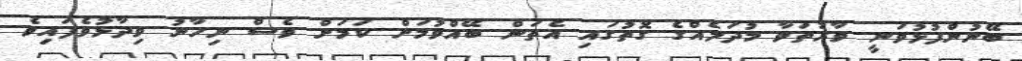
ބޭނުންފުޅުވަނީ ވާރުތަވާ މުދަލެއްގެ ގޮތުގައި އެތަން ބޭއްވުމަށް ކަމަށް ވެސް ނިހާނު ވިދާޅުވެފައިވެ